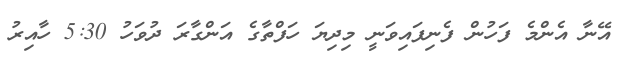
އޭނާ އެންމެ ފަހުން ފެނިފައިވަނީ މިދިޔަ ހަފްތާގެ އަންގާރަ ދުވަހު 5:30 ހާއިރު